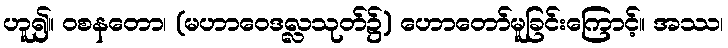
ဟူ၍။ ဝစနတော၊ (မဟာဝေဒလ္လသုတ်၌) ဟောတော်မူခြင်းကြောင့်။ အဿ၊